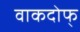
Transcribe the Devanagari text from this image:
वाकदोफ्